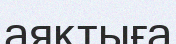
аяқтыға